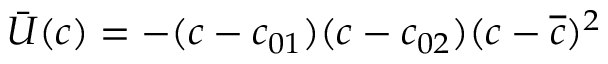
\bar { U } ( c ) = - ( c - c _ { 0 1 } ) ( c - c _ { 0 2 } ) ( c - \overline { { c } } ) ^ { 2 }